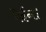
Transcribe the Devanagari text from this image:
देईन।